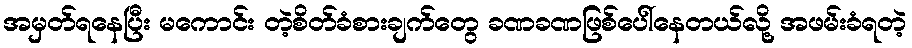
အမှတ်ရနေပြီး မကောင်း တဲ့စိတ်ခံစားချက်တွေ ခဏခဏဖြစ်ပေါ်နေတယ်လို့ အဖမ်းခံရတဲ့